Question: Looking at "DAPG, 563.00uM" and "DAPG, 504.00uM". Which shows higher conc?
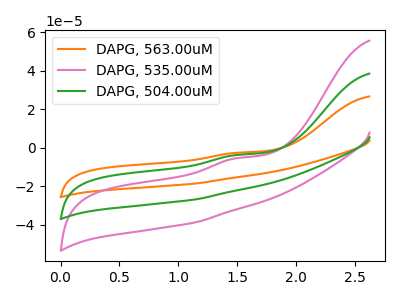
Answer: <think>The orange curve "DAPG, 563.00uM" has an anodic peak at: (1.50V, -2.60uA). The pink curve "DAPG, 535.00uM" has an anodic peak at: (1.50V, -7.60uA). The green curve "DAPG, 504.00uM" has an anodic peak at: (1.50V, -3.80uA).
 All the peaks in "DAPG, 563.00uM" have a peak in "DAPG, 504.00uM" at the same potential. Every peak in "DAPG, 563.00uM" is higher than every peak in "DAPG, 504.00uM".</think>
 <answer>"DAPG, 563.00uM" has more signal than "DAPG, 504.00uM" and so likely has a higher concentration.</answer>
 <eval>more_concentration</eval>